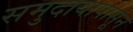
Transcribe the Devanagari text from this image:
समुदायापासून